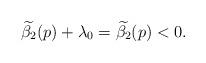
LaTeX: \begin{align*}\widetilde{\beta_2}(p)+\lambda_0=\widetilde{\beta_2}(p)<0.\end{align*}